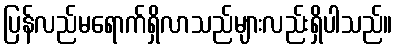
ပြန်လည်မရောက်ရှိလာသည်များလည်းရှိပါသည်။